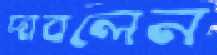
দাবলেন